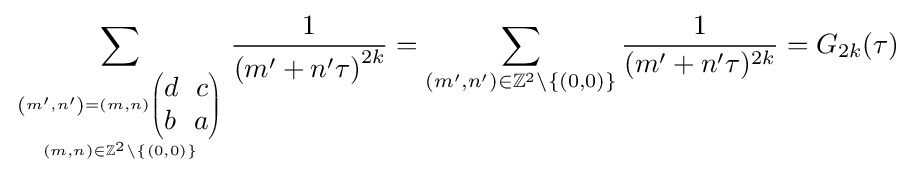
\sum _{\left(m',n'\right)=(m,n){\begin{pmatrix}d\ \ c\\b\ \ a\end{pmatrix}} \atop (m,n)\in \mathbb {Z} ^{2}\setminus \{(0,0)\}}{\frac {1}{\left(m'+n'\tau \right)^{2k}}}=\sum _{\left(m',n'\right)\in \mathbb {Z} ^{2}\setminus \{(0,0)\}}{\frac {1}{(m'+n'\tau )^{2k}}}=G_{2k}(\tau )